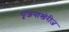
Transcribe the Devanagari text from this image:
पूजनाखेरीज